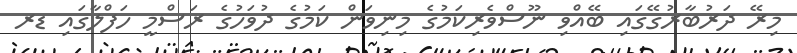
މިރޭ ދަރުބާރުގޭގައި ބޭއްވި ނޫސްވެރިކަމުގެ މިނިވަން ކަމުގެ ދުވަހުގެ ރަސްމީ ހަފްލާގައި ޑރ